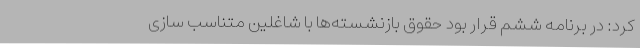
کرد: در برنامه ششم قرار بود حقوق بازنشسته‌ها با شاغلین متناسب سازی